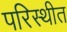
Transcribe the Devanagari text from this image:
परिस्थीत